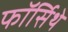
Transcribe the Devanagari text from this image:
फॉर्सिथे